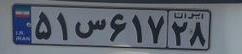
۵۱س۶۱۷۲۸